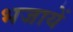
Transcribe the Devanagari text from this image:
भजायें